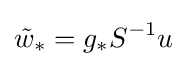
{\tilde {w}}_{*}=g_{*}S^{-1}u